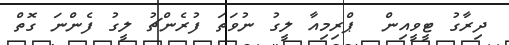
ދިރާގު ޓީވީއިން  ޕްރިމިއާ ލީގު ނުވަތަ ފުރެންޗު ލީގު ފެންނަ ގޮތް